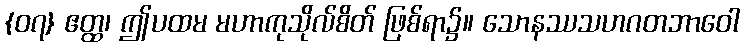
{၀၇} ဧတ္ထ၊ ဤပထမ မဟာကုသိုလ်စိတ် ဖြစ်ရာ၌။ သောနဿသဟဂတဘာဝေါ